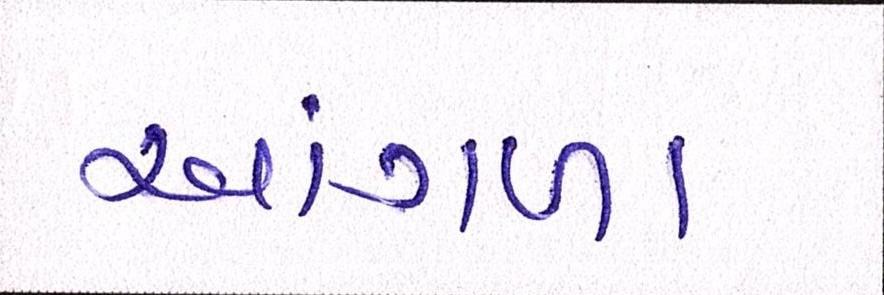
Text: આંગળા